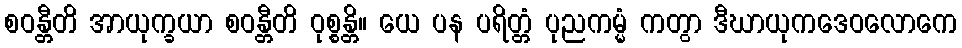
စဝန္တီတိ အာယုက္ခယာ စဝန္တီတိ ဝုစ္စန္တိ။ ယေ ပန ပရိတ္တံ ပုညကမ္မံ ကတွာ ဒီဃာယုကဒေဝလောကေ